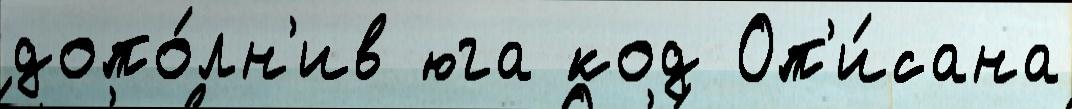
допо́лн'ив юга код Оп'и́сана